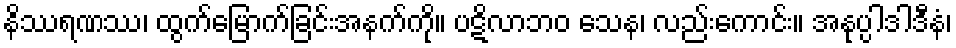
နိဿရဏဿ၊ ထွက်မြောက်ခြင်းအနက်ကို။ ပဋိလာဘဝ သေန၊ လည်းကောင်း။ အနုပ္ပါဒါဒီနံ၊